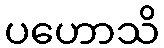
ပဟောသိ